Trukikaitis_Postimees, lk 70
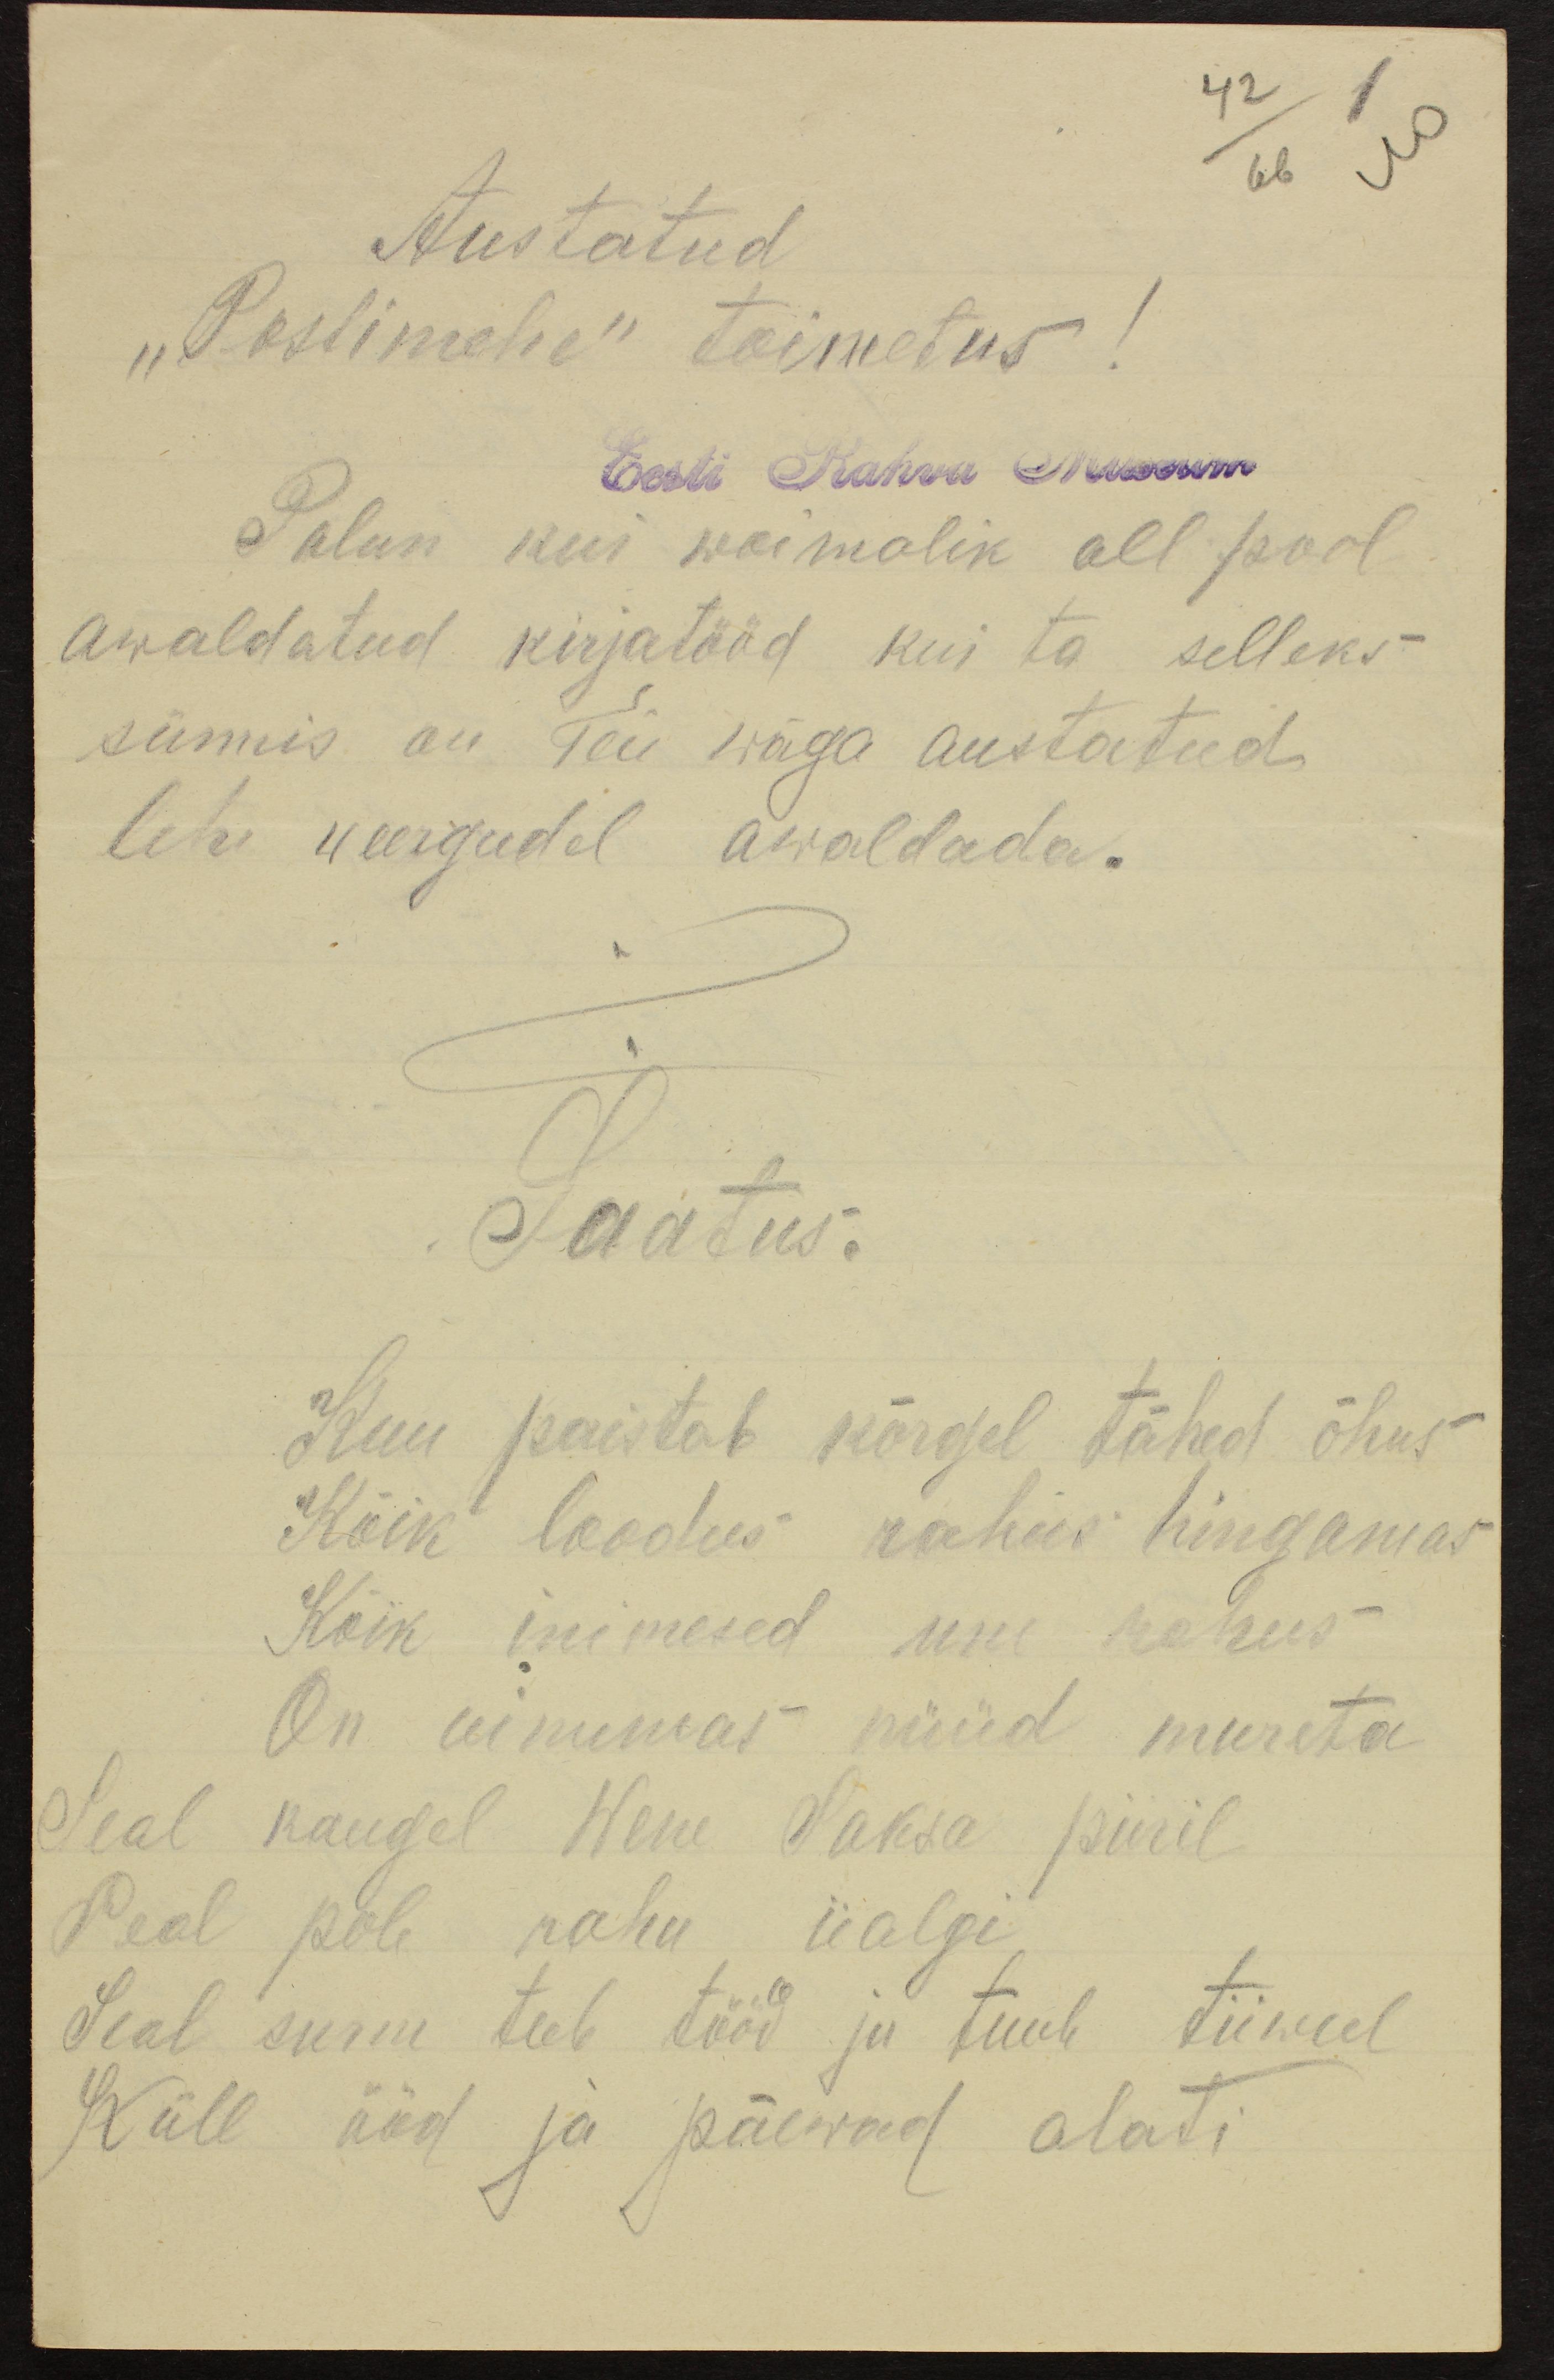
42
1
66
Austatud
"Postimehe" toimetus!
Eest Rahva Museum
Palun kui wõimalik all pool
awaldatud kirjatööd kui ta selleks
sünnis on Teie wäga austatud.
lehe weergudel awaldada.
Saatus.
Kuu paistab kõrgel tähed õhus
Kõik loodus rahus hingamas
Kõik inimesed une rahus
On uinumas püüd mureta
Seal kaugel Wene Saksa piiril
Seal pole rahu iialgi
Seal surm teeb tööd ja tuule tiiwul
Küll ööd ja päewad alati.